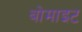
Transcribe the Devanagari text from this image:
बोमाइट